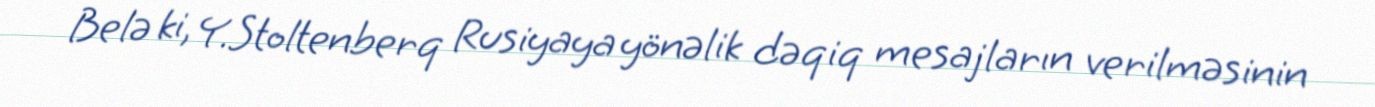
Belə ki, Y.Stoltenberq Rusiyaya yönəlik dəqiq mesajların verilməsinin